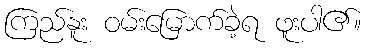
ကြည်နူး ဝမ်းမြောက်ခဲ့ရ ဖူးပါ၏။